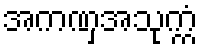
အကဏှအသုက္ကံ